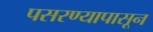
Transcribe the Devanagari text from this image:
पसरण्यापासून